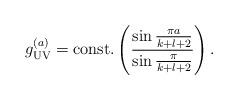
LaTeX: \begin{align*}g_{\tiny\rm UV}^{(a)}={\rm const.}\left({\sin{\pi a\over{k+l+2}}\over{\sin{\pi\over{k+l+2}}}}\right).\end{align*}